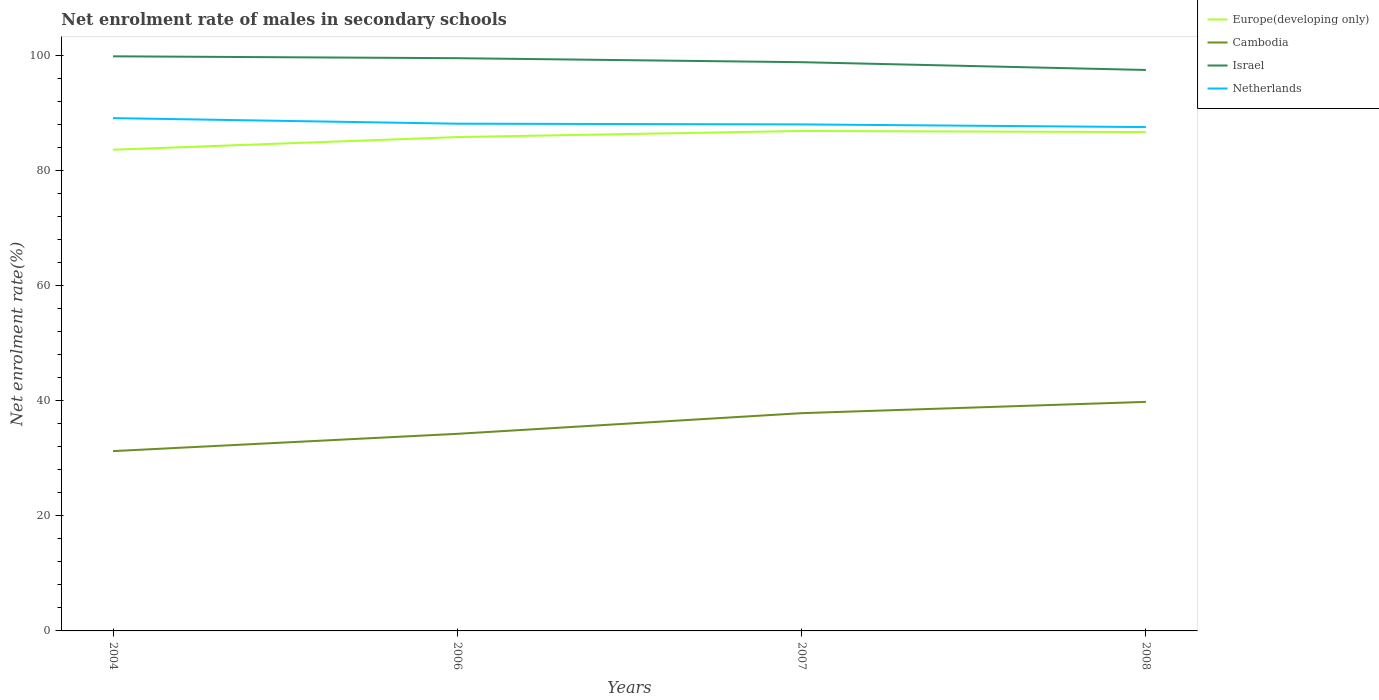
| Years | Europe(developing only) | Cambodia | Israel | Netherlands |
 | --- | --- | --- | --- | --- |
 | 2004 | 83.6 | 31.2 | 99.8 | 89.1 |
 | 2006 | 85.8 | 34.2 | 99.5 | 88.1 |
 | 2007 | 86.9 | 37.8 | 98.8 | 88 |
 | 2008 | 86.7 | 39.8 | 97.5 | 87.5 |